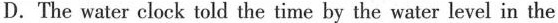
D. The water clock told the time by the water level in the